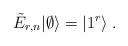
LaTeX: \begin{align*}\tilde{E}_{r,n}|\emptyset \rangle =|1^{r}\rangle \;.\end{align*}